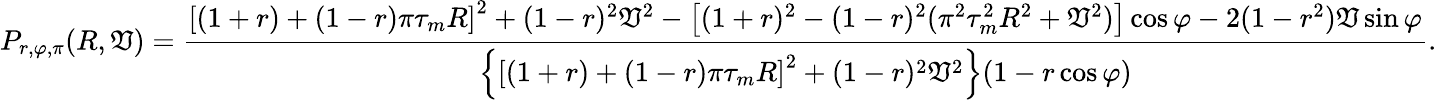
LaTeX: P_{r,\varphi,\pi}(R,\mathfrak{V})=\frac{{\left[(1+r)+(1-r)\pi\tau_{m}R\right]^{2}+(1-r)^{2}\mathfrak{V}^{2}-\left[(1+r)^{2}-(1-r)^{2}(\pi^{2}\tau_{m}^{2}R^{2}+\mathfrak{V}^{2})\right]\cos\varphi-2(1-r^{2})\mathfrak{V}\sin\varphi}}{{\left\{ \left[(1+r)+(1-r)\pi\tau_{m}R\right]^{2}+(1-r)^{2}\mathfrak{V}^{2}\right\} (1-r\cos\varphi)}}.